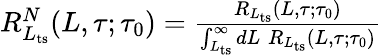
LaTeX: \begin{array}{r}{R_{L_{\mathrm{ts}}}^{N}(L,\tau;\tau_{0})=\frac{R_{L_{\mathrm{ts}}}(L,\tau;\tau_{0})}{\int_{L_{\mathrm{ts}}}^{\infty}dL\; R_{L_{\mathrm{ts}}}(L,\tau;\tau_{0})}}\end{array}